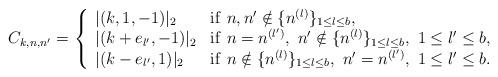
LaTeX: \begin{align*}C_{k,n,n'}&=\left\{\begin{array}{ll}|(k,1,-1)|_2& {\rm if} \ n,n'\notin \{n^{(l)}\}_{1\leq l\leq b},\\|(k+e_{l'}, -1)|_2& {\rm if} \ n=n^{(l')}, \ n'\notin \{n^{(l)}\}_{1\leq l\leq b},\ 1\leq l'\leq b, \\ |(k-e_{l'}, 1)|_2&{\rm if}\ n\notin \{n^{(l)}\}_{1\leq l\leq b},\ n'=n^{(l')},\ 1\leq l'\leq b.\end{array}\right.\end{align*}